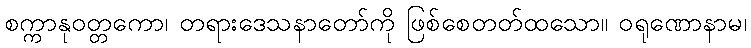
စက္ကာနုဝတ္တကော၊ တရားဒေသနာတော်ကို ဖြစ်စေတတ်ထသော။ ဝရုဏောနာမ၊